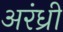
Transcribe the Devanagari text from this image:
अरंध्री